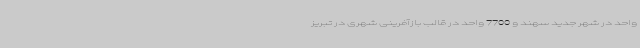
واحد در شهر جدید سهند و 7700 واحد در قالب بازآفرینی شهری در تبریز